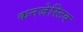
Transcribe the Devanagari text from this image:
कनजेस्टिव